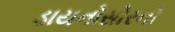
ડાયનોસોરનો